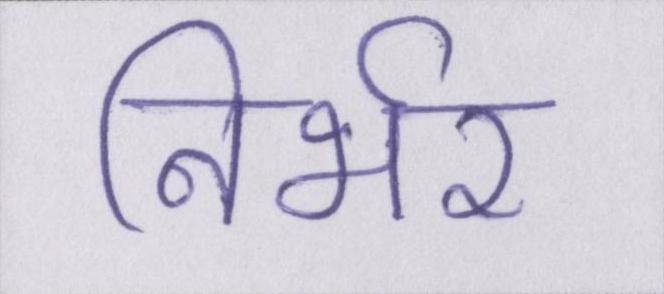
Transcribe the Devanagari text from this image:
निर्भर